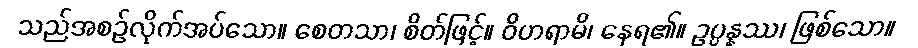
သည်အစဉ်လိုက်အပ်သော။ စေတသာ၊ စိတ်ဖြင့်။ ဝိဟရာမိ၊ နေရ၏။ ဥပ္ပန္နဿ၊ ဖြစ်သော။